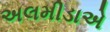
અલમીડાએ